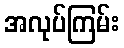
အလုပ်ကြမ်း